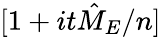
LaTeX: [1+it{\hat{M}}_{E}/n]